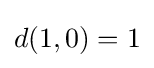
d(1,0)=1